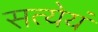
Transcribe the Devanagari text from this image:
सत्येयं